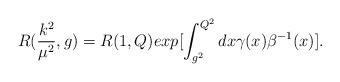
LaTeX: \begin{align*}R(\frac{k^2}{{\mu}^2},g) = R(1,Q) exp[\int^{Q^2}_{g^2}dx \gamma(x) {\beta}^{-1}(x)].\end{align*}